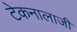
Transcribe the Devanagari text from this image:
टेकनालाजी